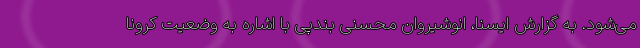
می‌شود. به گزارش ایسنا، انوشیروان محسنی بندپی با اشاره به وضعیت کرونا